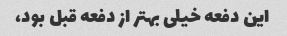
این دفعه خیلی بهتر از دفعه قبل بود،